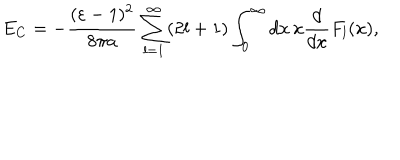
E _ { C } = - \frac { ( \varepsilon - 1 ) ^ { 2 } } { 8 \pi a } \sum _ { l = 1 } ^ { \infty } ( 2 l + 1 ) \int _ { 0 } ^ { \infty } d x \, x \frac { d } { d x } F _ { l } ( x ) ,